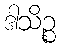
ဒါသိဉ္စ